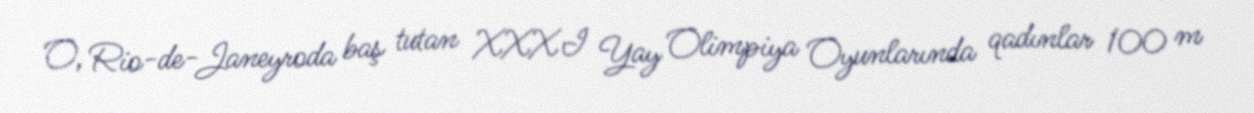
O, Rio-de-Janeyroda baş tutan XXXI Yay Olimpiya Oyunlarında qadınlar 100 m